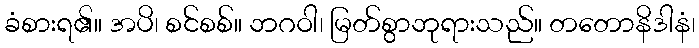
ခံစားရ၏။ အပိ၊ စင်စစ်။ ဘဂဝါ၊ မြတ်စွာဘုရားသည်။ တတောနိဒါနံ၊